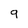
Character: 9